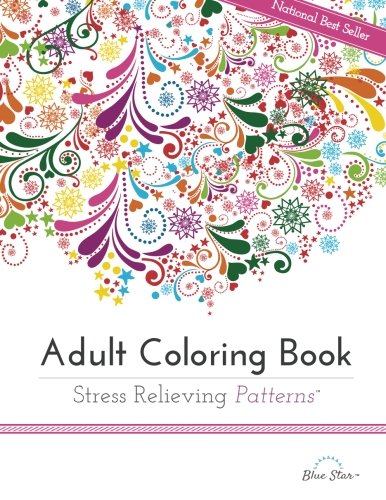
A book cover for Adult Coloring Book: Stress Relieving Patterns; Blue Star Coloring; Humor & Entertainment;